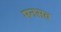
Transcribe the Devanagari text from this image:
मनसव